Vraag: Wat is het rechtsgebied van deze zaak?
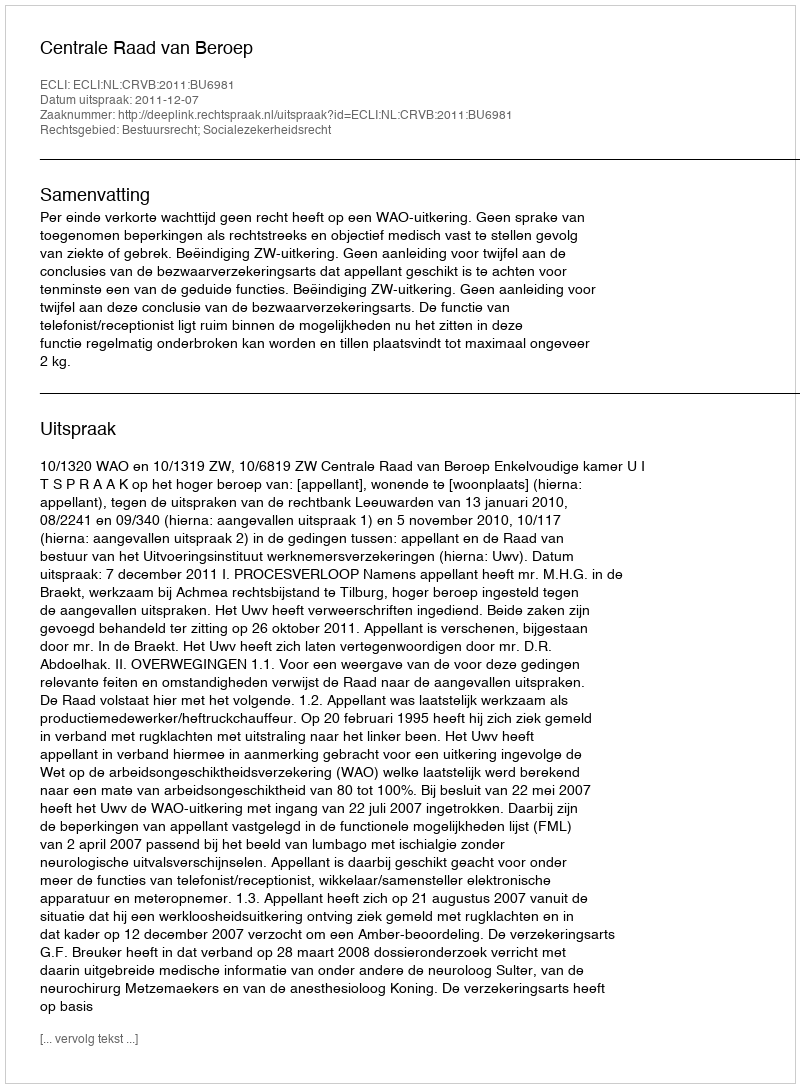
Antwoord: Bestuursrecht; Socialezekerheidsrecht